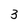
Character: 3